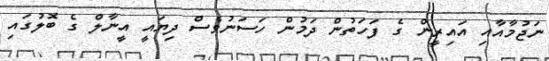
ނަޖުމާއާއި އައިރީން ގެ ފަހަތުން ދަމުން ހަސަނުވެސް ދިޔައީ އީނާލް ގެ ބޮލުގައި